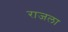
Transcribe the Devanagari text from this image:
राजला